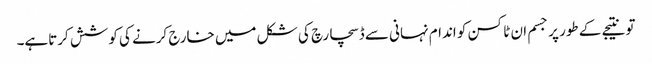
تو نتیجے کے طور پر جسم ان ٹاکسن کو اندام نہانی سے ڈسچارچ کی شکل میں خارج کرنے کی کوشش کرتاہے۔